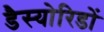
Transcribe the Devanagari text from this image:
डैस्योरिडों